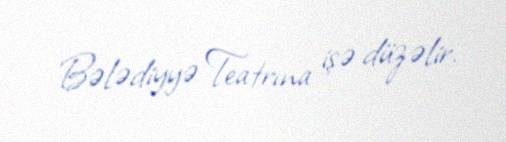
Bələdiyyə Teatrına işə düzəlir.